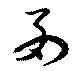
西